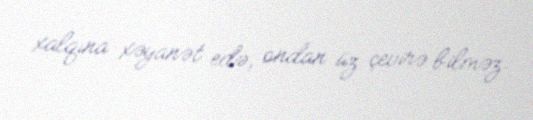
xalqına xəyanət edə, ondan üz çevirə bilməz.